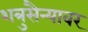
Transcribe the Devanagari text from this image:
शत्रुसैन्यावर